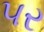
૫ર